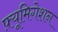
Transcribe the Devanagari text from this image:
फ़्यूमिगेशन